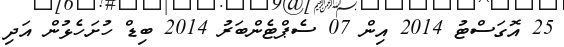
25 އޮގަސްޓު 2014 އިން 07 ސެޕްޓެންބަރު 2014 ބިޑް ހުށަހެޅުން އަދި